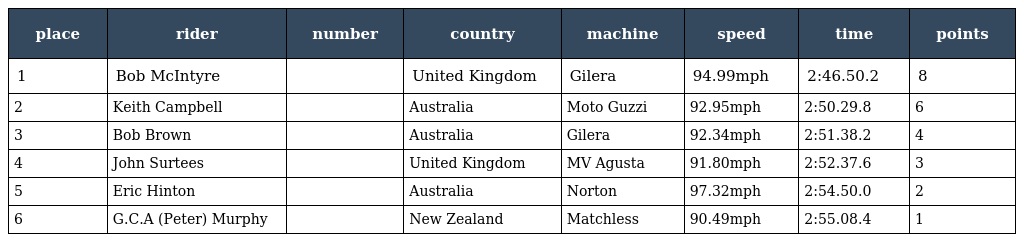
| place | rider | number | country | machine | speed | time | points |
 | --- | --- | --- | --- | --- | --- | --- | --- |
 | 1 | Bob McIntyre |  | United Kingdom | Gilera | 94.99mph | 2:46.50.2 | 8 |
 | 2 | Keith Campbell |  | Australia | Moto Guzzi | 92.95mph | 2:50.29.8 | 6 |
 | 3 | Bob Brown |  | Australia | Gilera | 92.34mph | 2:51.38.2 | 4 |
 | 4 | John Surtees |  | United Kingdom | MV Agusta | 91.80mph | 2:52.37.6 | 3 |
 | 5 | Eric Hinton |  | Australia | Norton | 97.32mph | 2:54.50.0 | 2 |
 | 6 | G.C.A (Peter) Murphy |  | New Zealand | Matchless | 90.49mph | 2:55.08.4 | 1 |